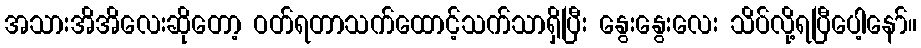
အသားအိအိလေးဆိုတော့ ဝတ်ရတာသက်ထောင့်သက်သာရှိပြီး နွေးနွေးလေး သိပ်လို့ရပြီပေါ့နော်။